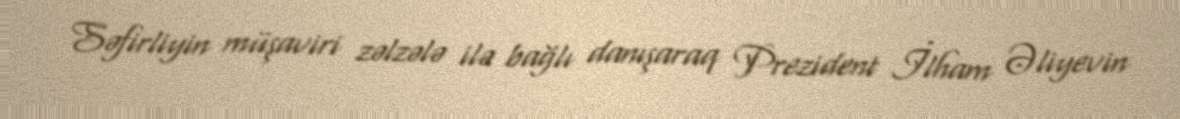
Səfirliyin müşaviri zəlzələ ilə bağlı danışaraq Prezident İlham Əliyevin